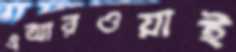
এআরওয়াই